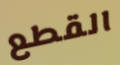
القطع